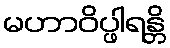
မဟာဝိပ္ဖါရန္တိ